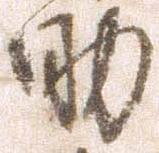
助